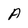
Character: A